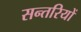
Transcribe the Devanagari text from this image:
सन्तरियों